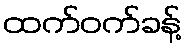
ထက်ဝက်ခန့်